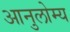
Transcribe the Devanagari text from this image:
आनुलोम्य